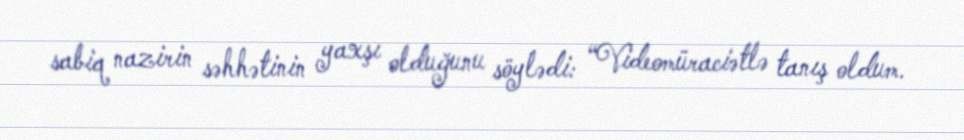
sabiq nazirin səhhətinin yaxşı olduğunu söylədi: “Videomüraciətlə tanış oldum.